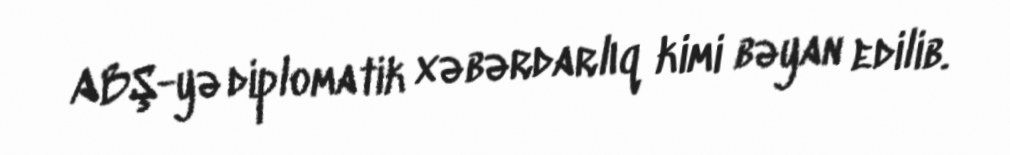
ABŞ-yə diplomatik xəbərdarlıq kimi bəyan edilib.